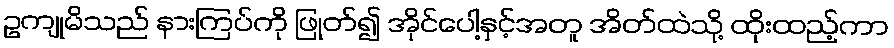
ဥကျုမိသည် နားကြပ်ကို ဖြုတ်၍ အိုင်ပေါ့နှင့်အတူ အိတ်ထဲသို့ ထိုးထည့်ကာ